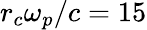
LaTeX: r_{c}\omega_{p}/c=15